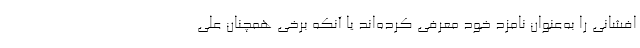
افشانی را به‌عنوان نامزد خود معرفی کرده‌اند یا آنکه برخی همچنان علی